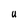
Character: U